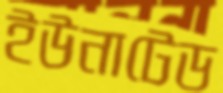
ইউনাটেড